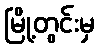
မြို့တွင်းမှ